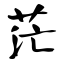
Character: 茫